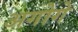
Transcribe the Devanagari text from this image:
अगोगे